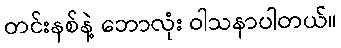
တင်းနစ်နဲ့ ဘောလုံး ဝါသနာပါတယ်။